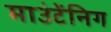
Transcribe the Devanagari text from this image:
माउंटेंनिग